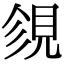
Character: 𧠝